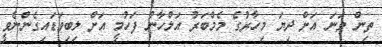
ތިން ވަނަ އަށް ދިޔަ މިހާރުގެ މެމްބަރު އަލްހާނު ފަހުމީ އަށް ލިބިވަޑައިގެންނެވީ